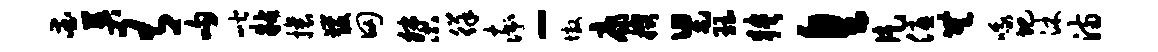
爱英有吻喈粘攘发田桀徉率-墩康掇舄珏狭皇片优无哦圯沐满